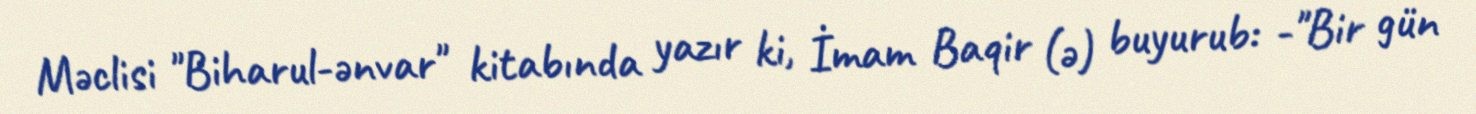
Məclisi "Biharul-ənvar" kitabında yazır ki, İmam Baqir (ə) buyurub: -"Bir gün